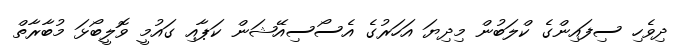
ދިވެހި ސިފައިންގެ ކްލަބުން މިދިޔަ އަހަރުގެ އެސޯސިއޭޝަން ކަޕާއި ގައުމީ ވޮލީބޯޅަ މުބާރާތް